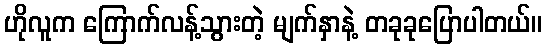
ဟိုလူက ကြောက်လန့်သွားတဲ့ မျက်နှာနဲ့ တခုခုပြောပါတယ်။